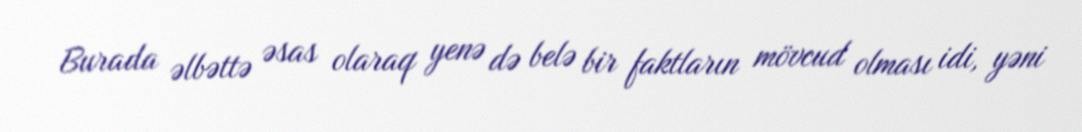
Burada əlbəttə əsas olaraq yenə də belə bir faktların mövcud olması idi, yəni